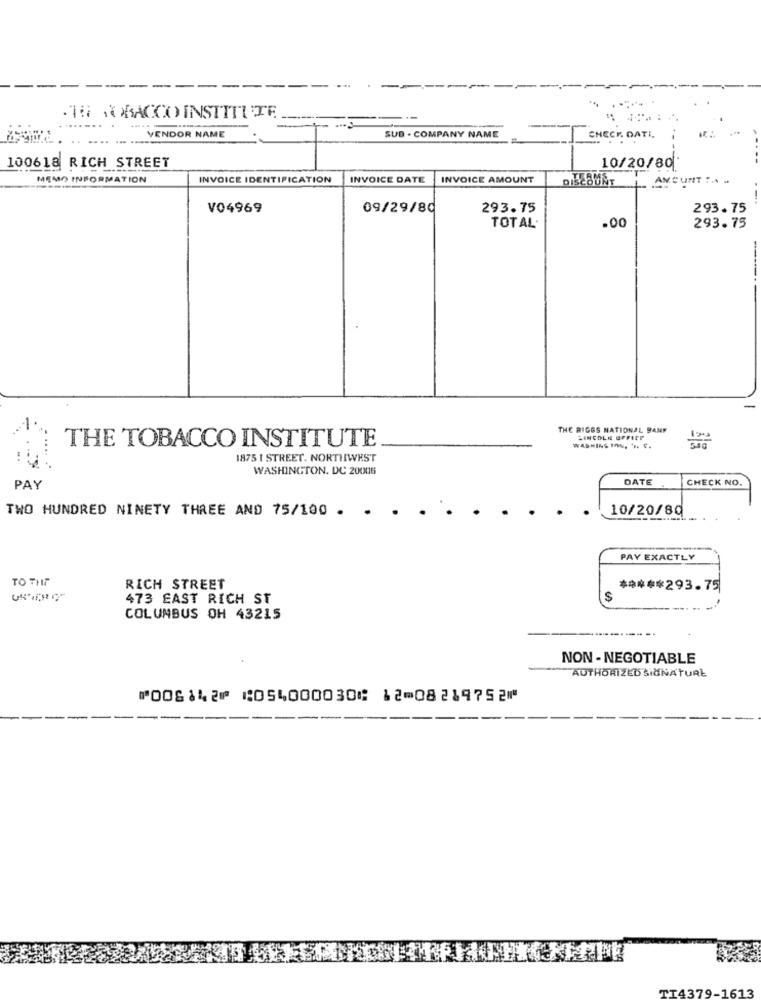
TO VORACCO INSTITUTE
VENDOR NAME
SUB - COMPANY NAME
CHECK DATI
100618 RICH STREET
10/20/80
MEMO INFORMATION
INVOICE IDENTIFICATION
INVOICE DATE
INVOICE AMOUNT
AMCUNT TA .
V04969
09/29/80
293.75
293.75
.00
TOTAL
293.75
THE RIGGS NATIONAL BANK
LINCOLN OFFICE
THE TOBACCO INSTITUTE
1875 I STREET. NORTHWEST
WASHINGTON, DC 20006
DATE
CHECK NO.
PAY
TWO HUNDRED NINETY THREE AND 75/100 .
10/20/80
PAY EXACTLY
TO THE
RICH STREET
***** 293.75
473 EAST RICH ST
$
COLUMBUS OH 43215
----------
NON- NEGOTIABLE
AUTHORIZED SIMNATURE
⑈006142⑈ ⑆054000030⑆ 12⑉08219752⑈
TI4379-1613